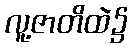
လူ့ဇာတိထဲ၌